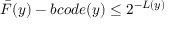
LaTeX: { \bar { F } } ( y ) - b c o d e ( y ) \leq 2 ^ { - L ( y ) }